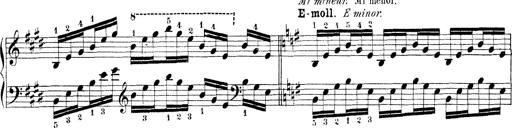
Title: Technische Studien
Composer: Franz Liszt